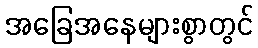
အခြေအနေများစွာတွင်